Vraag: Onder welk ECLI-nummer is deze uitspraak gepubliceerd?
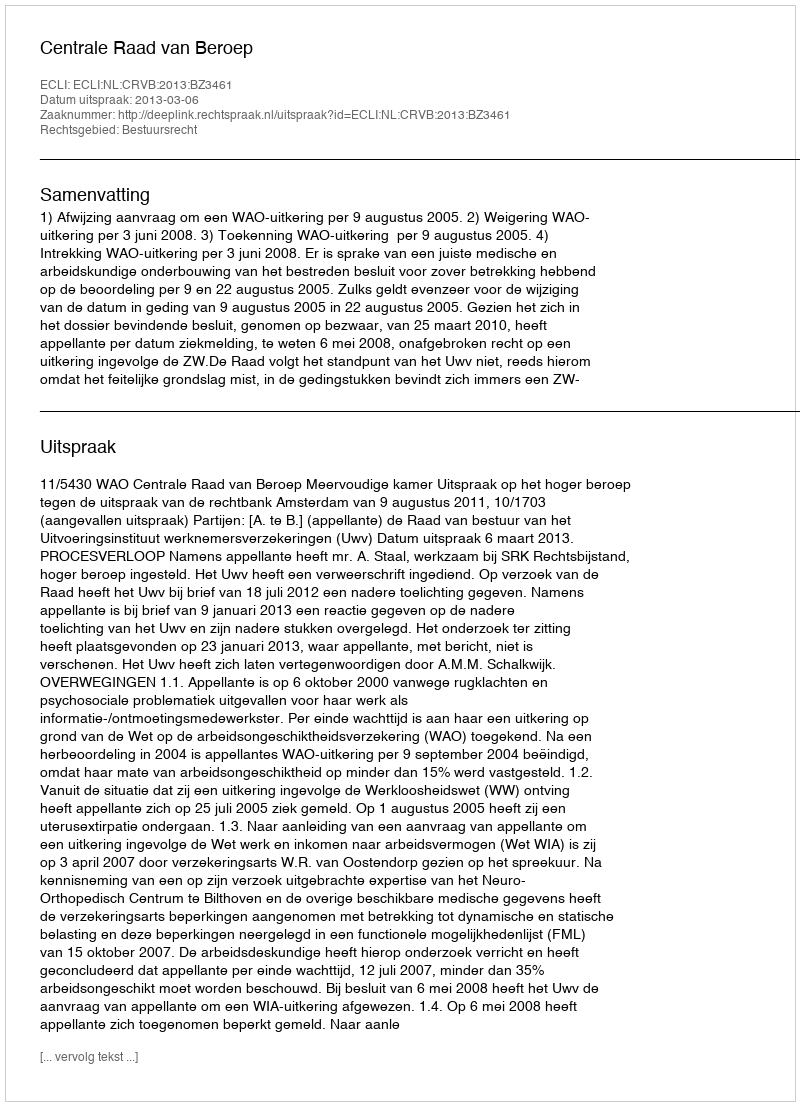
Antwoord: ECLI:NL:CRVB:2013:BZ3461